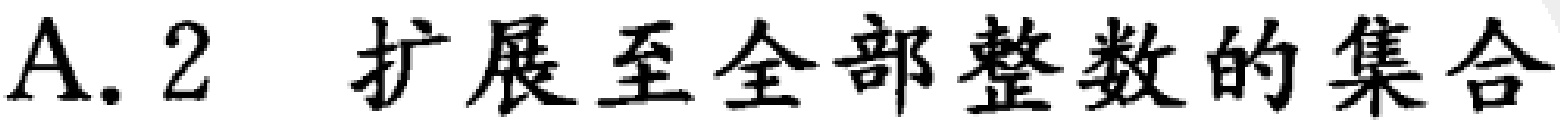
A.2 扩展至全部整数的集合